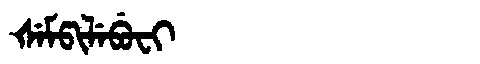
Manchu: ᡧᡝᠮᡦᡳᠯᡝᠪᡠᠸᡳ
Romanization: ŠEMPILEBUFI